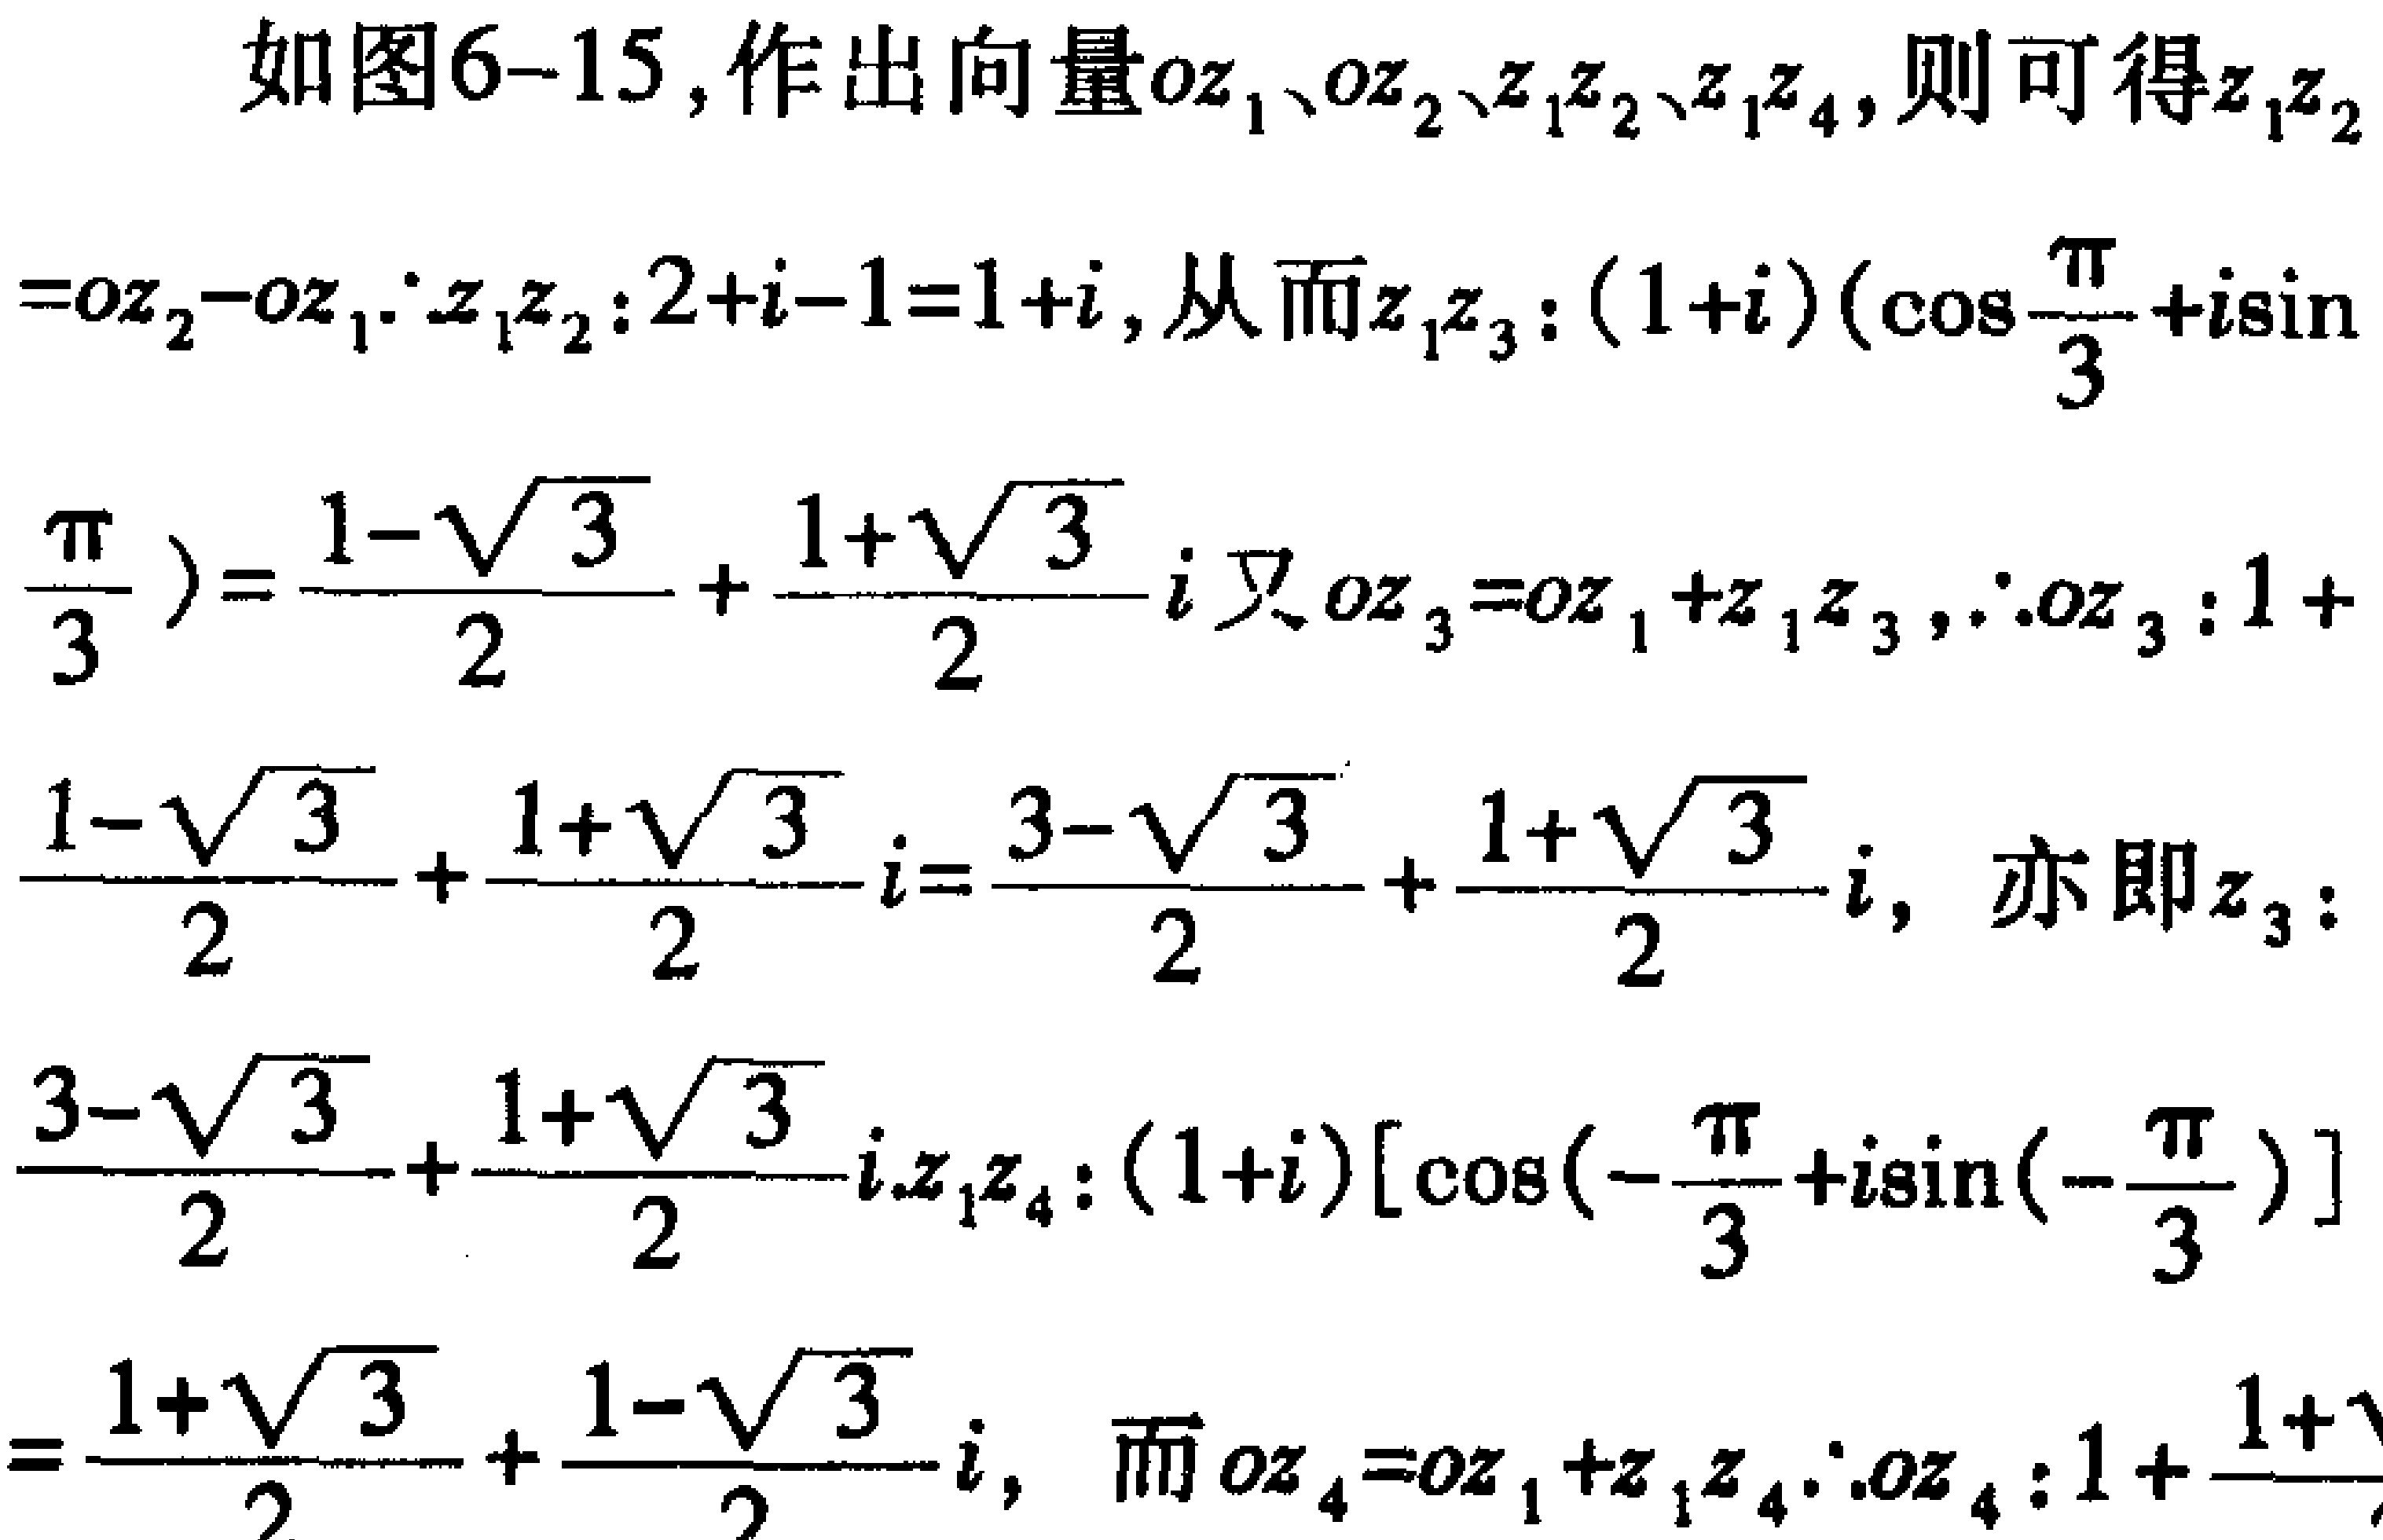
如图6-15,作出向量\(oz_1\)、\(oz_2\)、\(z_1z_2\)、\(z_1z_4\),则可得\(z_1z_2\)
\(=oz_2 - oz_1\).\(\because z_1z_2:2 + i - 1 = 1 + i\),从而\(z_1z_3:(1 + i)(\cos\frac{\pi}{3}+i\sin\)
\(\frac{\pi}{3})=\frac{1 - \sqrt{3}}{2}+\frac{1 + \sqrt{3}}{2}i\)又\(oz_3 = oz_1+z_1z_3\),\(\therefore oz_3:1 +\)
\(\frac{1 - \sqrt{3}}{2}+\frac{1 + \sqrt{3}}{2}i=\frac{3 - \sqrt{3}}{2}+\frac{1 + \sqrt{3}}{2}i\), 亦即\(z_3:\)
\(\frac{3 - \sqrt{3}}{2}+\frac{1 + \sqrt{3}}{2}i\).\(z_1z_4:(1 + i)[\cos(-\frac{\pi}{3}+i\sin(-\frac{\pi}{3})]\)
\(=\frac{1 + \sqrt{3}}{2}+\frac{1 - \sqrt{3}}{2}i\), 而\(oz_4 = oz_1+z_1z_4\).\(\therefore oz_4:1 + \frac{1 + \sqrt{3}}{2}\)